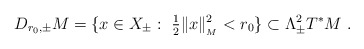
\begin{align*} D_{r_0,\pm}M=\{ x\in X_\pm:\ \tfrac{1}{2}\|x\|_{_M}^2<r_0\}\subset\Lambda^2_\pm T^*M\ .\end{align*}